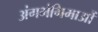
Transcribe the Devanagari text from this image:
अंगभंगिमाओं